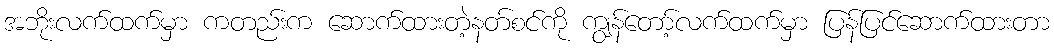
အဘိုးလက်ထက်မှာ ကတည်းက ဆောက်ထားတဲ့နတ်စင်ကို ကျွန်တော့်လက်ထက်မှာ ပြန်ပြင်ဆောက်ထားတာ